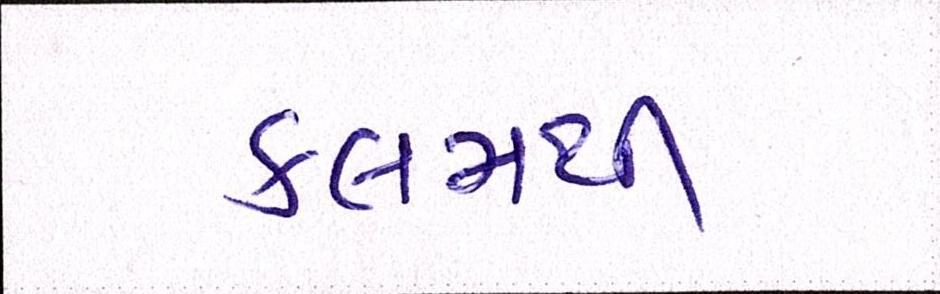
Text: કલમથી